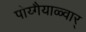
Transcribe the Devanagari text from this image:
पोय्गैयाळ्वार्